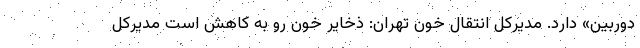
دوربین» دارد. مدیرکل انتقال خون تهران: ذخایر خون رو به کاهش است مدیرکل